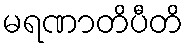
မရဏာတိပီတိ